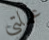
عملتي